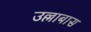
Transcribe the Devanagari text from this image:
उल्लाबास